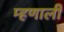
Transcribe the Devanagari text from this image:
म्‍हणाली